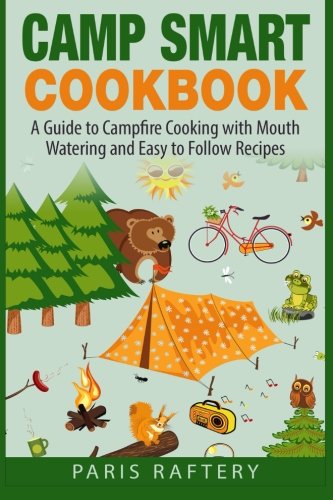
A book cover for Camp Smart Cookbook: A Guide to Campfire Cooking with Mouth Watering and Easy to Follow Recipes; Paris Raftery; Cookbooks, Food & Wine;